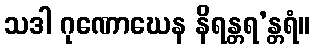
သဒါ ဂုဏောဃေန နိရန္တရ’န္တရံ။